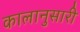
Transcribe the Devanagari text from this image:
कालानुसारी